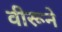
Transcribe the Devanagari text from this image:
वीरूने